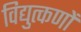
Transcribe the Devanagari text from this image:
विद्युत्कणों